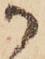
か